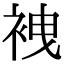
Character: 𧙟